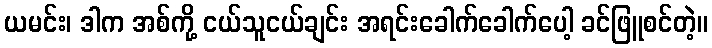
ယမင်း၊ ဒါက အစ်ကို့ ငယ်သူငယ်ချင်း အရင်းခေါက်ခေါက်ပေါ့ ခင်ဖြူစင်တဲ့။